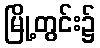
မြို့တွင်း၌